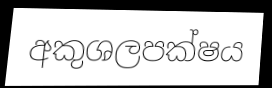
අකුශලපක්ෂය